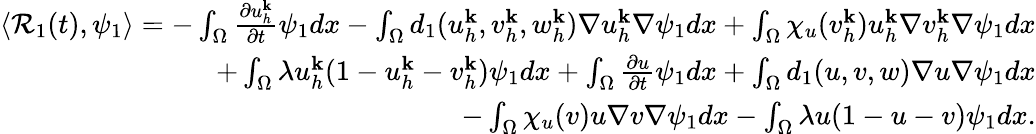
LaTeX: \begin{array}{r}{\langle\mathcal{R}_{1}(t),\psi_{1}\rangle=-\int_{\Omega}\frac{\partial u_{h}^{\mathbf{k}}}{\partial t}\psi_{1}dx-\int_{\Omega}d_{1}(u_{h}^{\mathbf{k}},v_{h}^{\mathbf{k}},w_{h}^{\mathbf{k}})\nabla u_{h}^{\mathbf{k}}\nabla\psi_{1}dx+\int_{\Omega}\chi_{u}(v_{h}^{\mathbf{k}})u_{h}^{\mathbf{k}}\nabla v_{h}^{\mathbf{k}}\nabla\psi_{1}dx}\\ {+\int_{\Omega}\lambda u_{h}^{\mathbf{k}}(1-u_{h}^{\mathbf{k}}-v_{h}^{\mathbf{k}})\psi_{1}dx+\int_{\Omega}\frac{\partial u}{\partial t}\psi_{1}dx+\int_{\Omega}d_{1}(u,v,w)\nabla u\nabla\psi_{1}dx}\\ {-\int_{\Omega}\chi_{u}(v)u\nabla v\nabla\psi_{1}dx-\int_{\Omega}\lambda u(1-u-v)\psi_{1}dx.}\end{array}